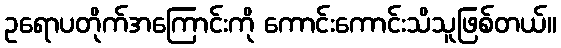
ဥရောပတိုက်အကြောင်းကို ကောင်းကောင်းသိသူဖြစ်တယ်။